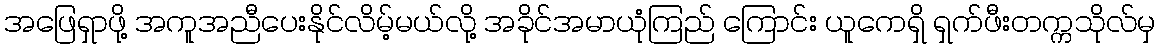
အဖြေရှာဖို့ အကူအညီပေးနိုင်လိမ့်မယ်လို့ အခိုင်အမာယုံကြည် ကြောင်း ယူကေရှိ ရှက်ဖီးတက္ကသိုလ်မှ